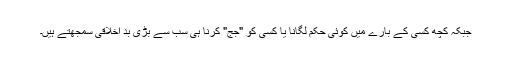
جبکہ کچھ کسی کے بارے میں کوئی حکم لگانا یا کسی کو "جج" کرنا ہی سب سے بڑی بد اخلاقی سمجھتے ہیں۔